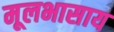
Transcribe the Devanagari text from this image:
मूलभासाय